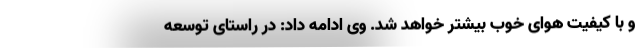
و با کیفیت هوای خوب بیشتر خواهد شد. وی ادامه داد: در راستای توسعه